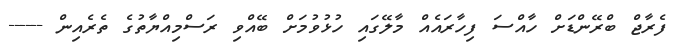
ފެރާޖް ބްރޭންޑަށް ހާއްސަ ފިހާރައެއް މާލޭގައި ހުޅުވުމަށް ބޭއްވި ރަސްމިއްޔާތުގެ ތެރެއިން ------